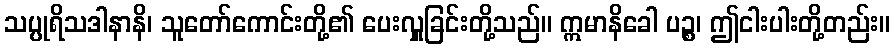
သပ္ပုရိသဒါနာနိ၊ သူတော်ကောင်းတို့၏ ပေးလှူခြင်းတို့သည်။ ဣမာနိခေါ ပဉ္စ၊ ဤငါးပါးတို့တည်း။